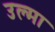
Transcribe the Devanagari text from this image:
उल्मा